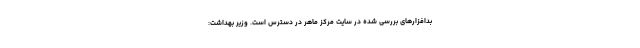
بدافزارهای بررسی شده در سایت مرکز ماهر در دسترس است. وزیر بهداشت: